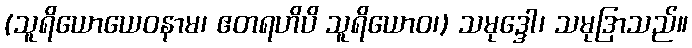
(သူရိယောယေဝနာမ၊ ဧတရဟိပိ သူရိယောဝ၊) သမုဒ္ဒေါ၊ သမုဒြာသည်။